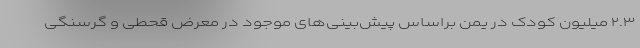
۲.۳ میلیون کودک در یمن براساس پیش‌بینی‌های موجود در معرض قحطی و گرسنگی